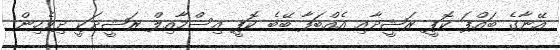
އޭނާގެ ބައްޕަ ކޮޕީ ރަޝީދާއި އެއްބަފާ ބޭބެ ކޮޕީ އިސްމާއިލް ރަޝީދަކީ ދިވެހިން